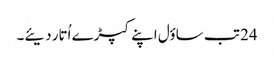
24 تب ساؤل اپنے کپڑے اُتار دیئے۔